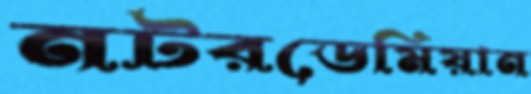
নটরডেমিয়ান